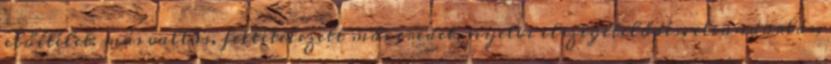
előítélet: más vallás, feltételezett más eredet, nyelvi elszigetelődés, elvándorlás,